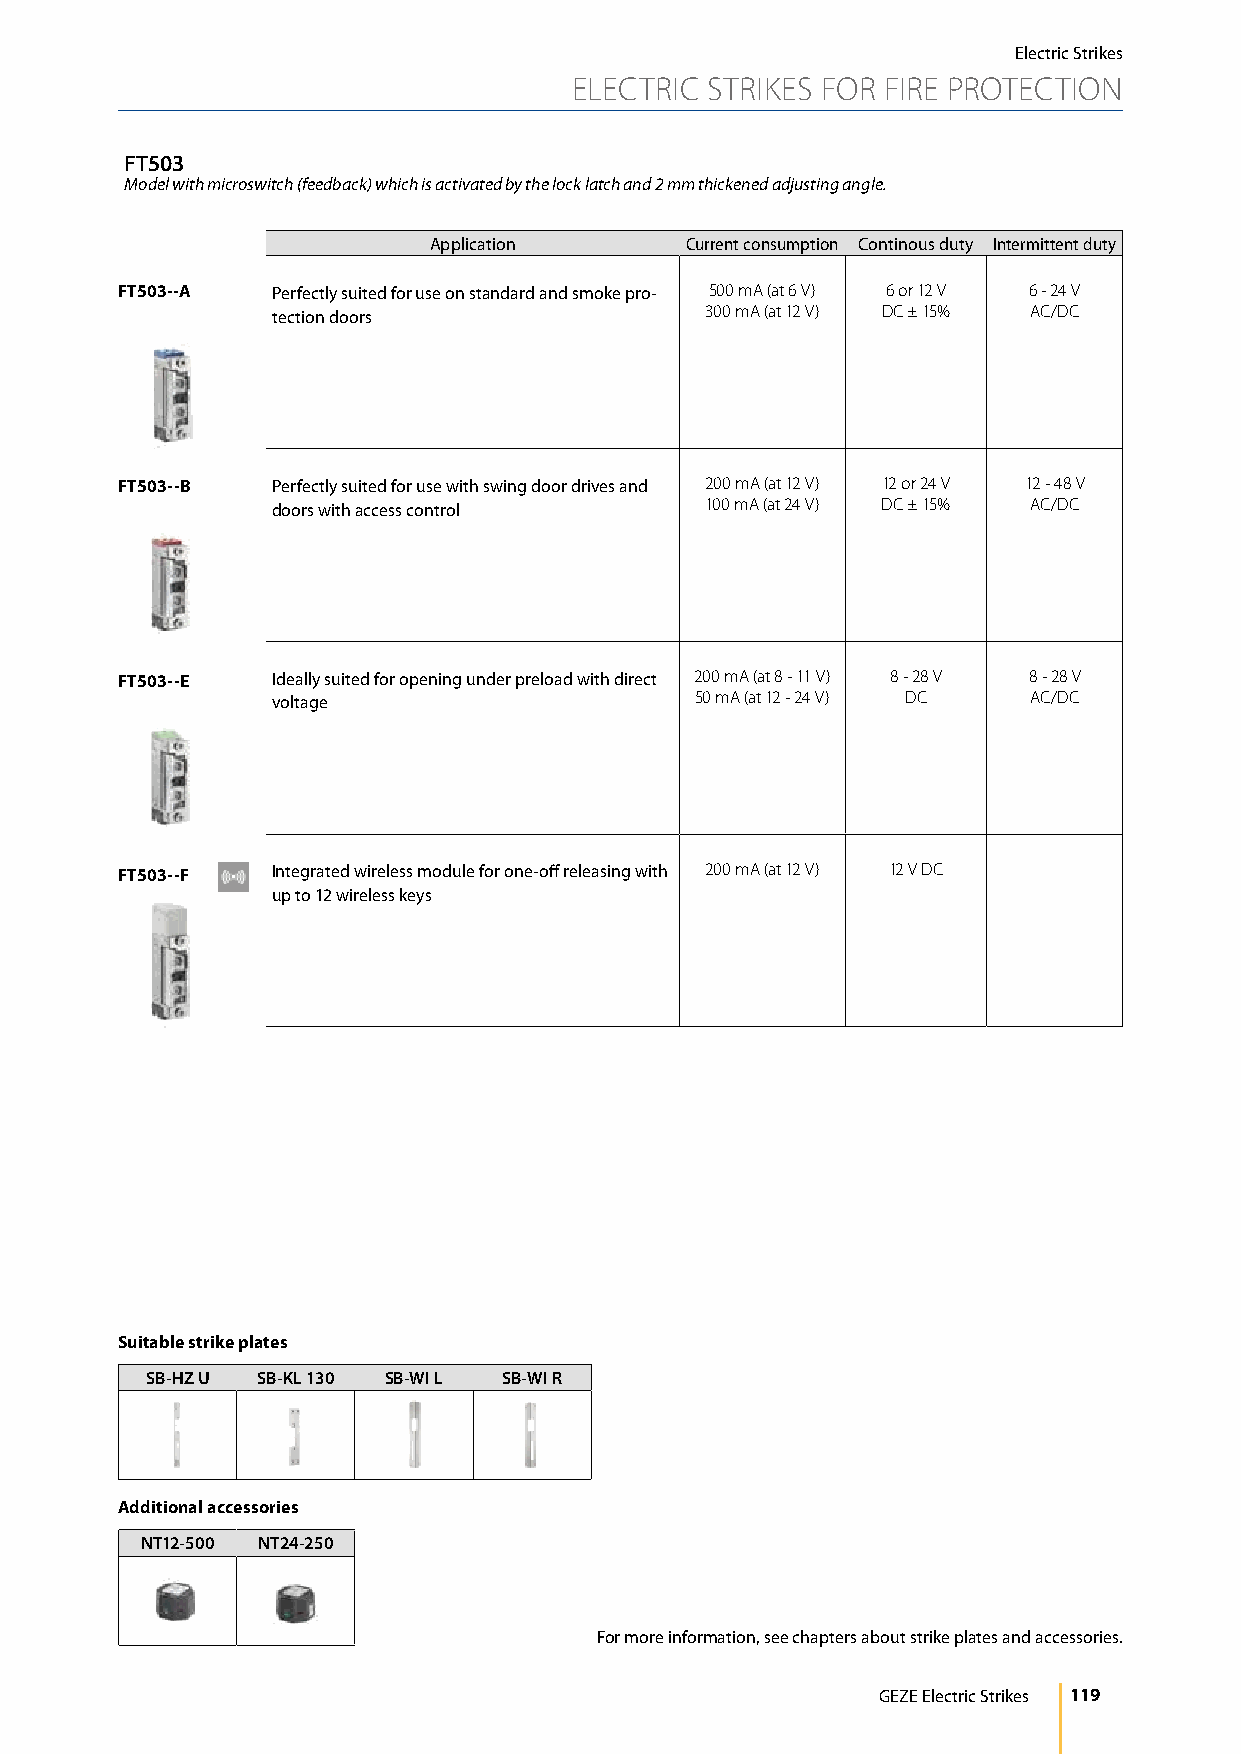
Electric Strikes
 ELECTRIC STRIKES FOR FIRE PROTECTION
 FT503
 Model with microswitch (feedback) which is activated by the lock latch and 2 mm thickened adjusting angle.
 Application      Current consumption Continous duty Intermittent duty
 FT503--A  Perfectly suited for use on standard and smoke pro- 500 mA (at 6 V) 6 or 12 V 6 - 24 V
 tection doors                300 mA (at 12 V) DC ± 15% AC/DC
 FT503--B  Perfectly suited for use with swing door drives and 200 mA (at 12 V) 12 or 24 V 12 - 48 V
 doors with access control    100 mA (at 24 V) DC ± 15% AC/DC
 FT503--E  Ideally suited for opening under preload with direct 200 mA (at 8 - 11 V) 8 - 28 V 8 - 28 V
 voltage                     50 mA (at 12 - 24 V) DC AC/DC
 FT503--F  Integrated wireless module for one-off releasing with 200 mA (at 12 V) 12 V DC
 up to 12 wireless keys
 Suitable strike plates
 SB-HZ U SB-KL 130 SB-WI L SB-WI R
 Additional accessories
 NT12-500 NT24-250
 For more information, see chapters about strike plates and accessories.
 GEZE Electric Strikes 119